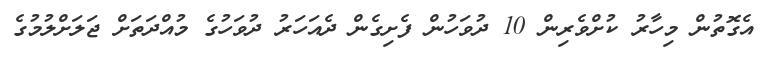
އެގޮތުން މިހާރު ކުށްވެރިން 10 ދުވަހުން ފެށިގެން ދެއަހަރު ދުވަހުގެ މުއްދަތަށް ޖަލަށްލުމުގެ